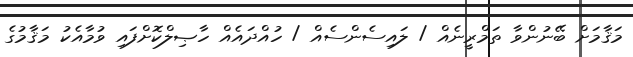
މަޤާމަށް ބޭނުންވާ ތަމްރީނެއް / ލައިސެންސެއް / ހުއްދައެއް ހާޞިލްކޮށްފައި ވުމާއެކު މަޤާމުގެ